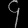
Digit: ၄